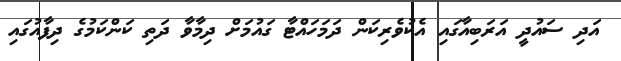
އަދި ސައުދީ އަރަބިއާގައި އެކުވެރިކަން ދަމަހައްޓާ ގައުމަށް ދިމާވާ ދަތި ކަންކަމުގެ ދިފާއުގައި